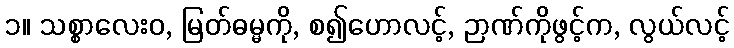
၁။ သစ္စာလေးဝ, မြတ်ဓမ္မကို, စ၍ဟောလင့်, ဉာဏ်ကိုဖွင့်က, လွယ်လင့်